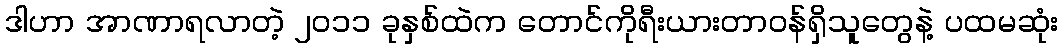
ဒါဟာ အာဏာရလာတဲ့ ၂၀၁၁ ခုနှစ်ထဲက တောင်ကိုရီးယားတာဝန်ရှိသူတွေနဲ့ ပထမဆုံး